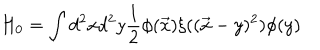
H _ { 0 } = \int d ^ { 2 } x d ^ { 2 } y \frac { 1 } { 2 } \phi ( \vec { x } ) \xi ( ( \vec { x } - y ) ^ { 2 } ) \phi ( y )